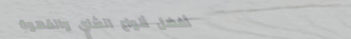
أفضل أنواع الشاي والقهوة